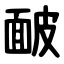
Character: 䩅